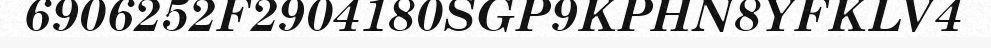
6906252F2904180SGP9KPHN8YFKLV4